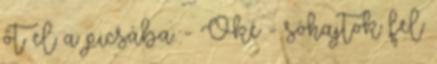
őt el a picsába. - Oké - sóhajtok fel